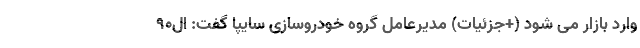
وارد بازار می شود (+جزئیات) مدیرعامل گروه خودروسازی سایپا گفت: ال۹۰